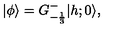
\vert \phi \rangle = G _ { - { \frac { 1 } { 3 } } } ^ { - } \vert { h ; 0 } \rangle { } ,